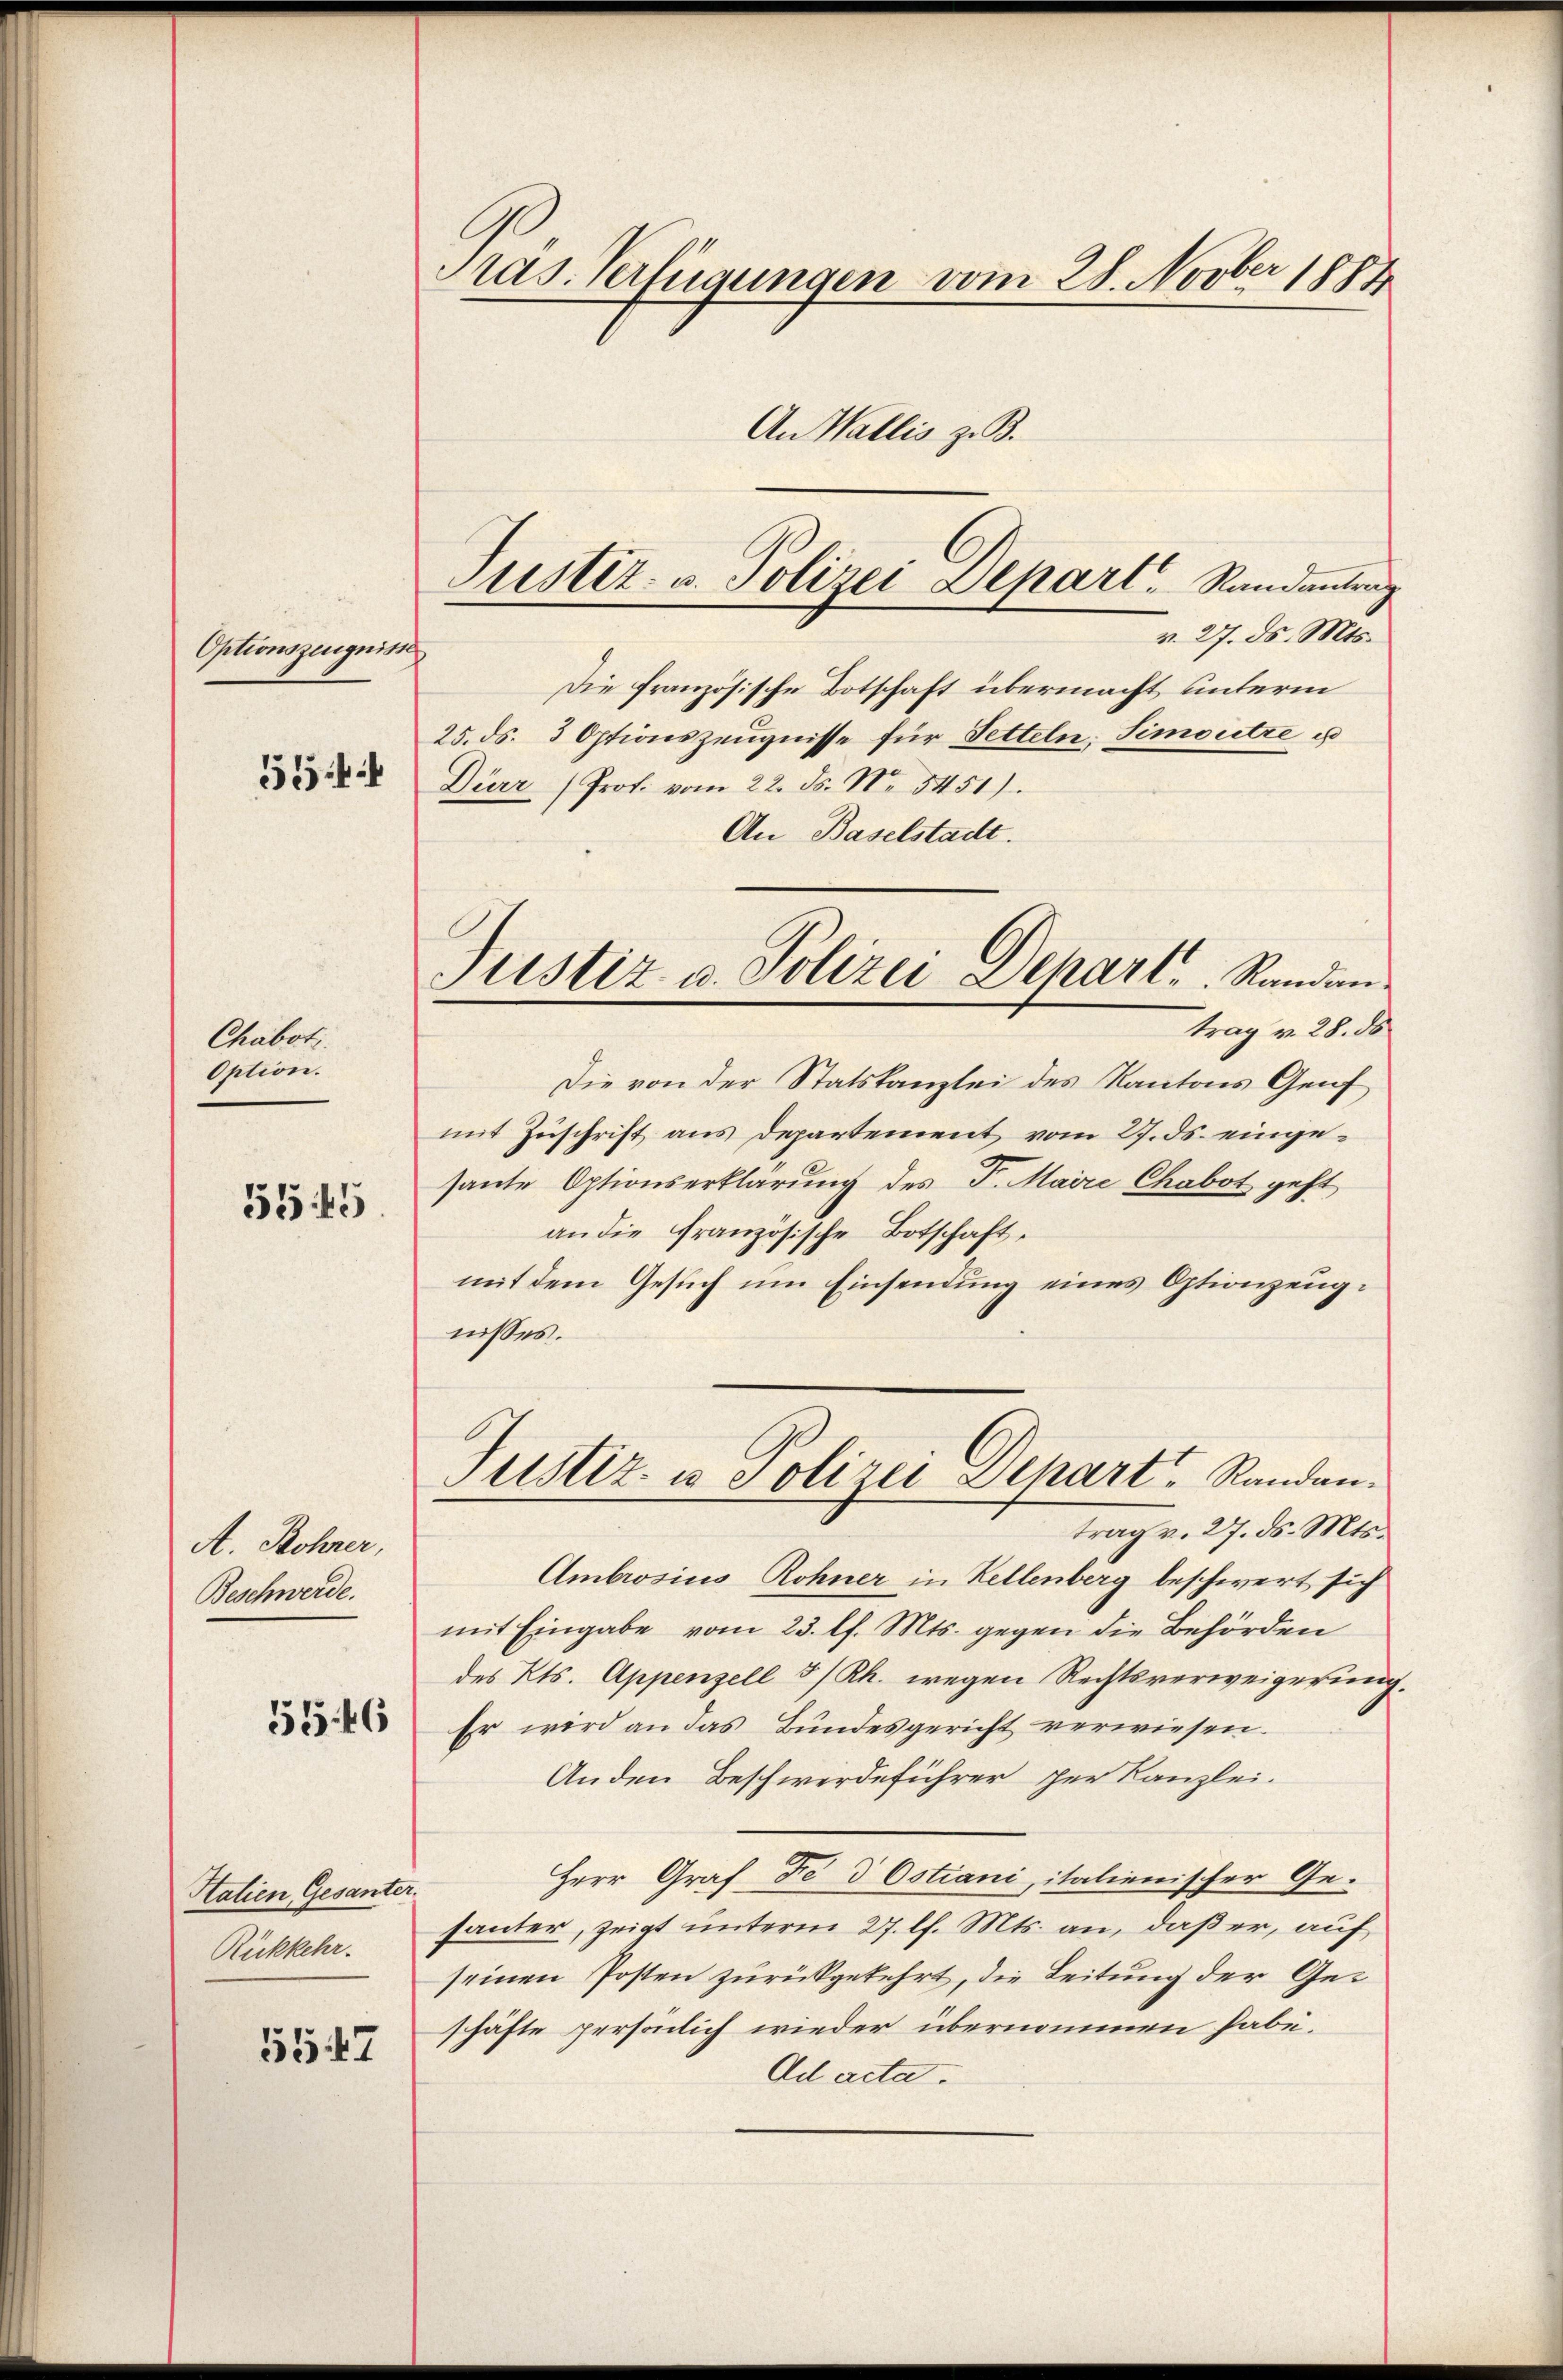
Optionszeugniss

Chabot.
Option.

554

5545

A. Rohrer,
Beschwerde.

5546

Htalien Gesanter.
Rückkehr.

55. 47

Pras. Verfügungen vom 28. Novber 1884
An Wallis z. B.

Justiz- u. Polizei Depart.   Randantrag

v. 27. ds. Mts.
c
Die französische Botschaft übermacht unterm
25. ds. 3 Optionszeŭgnisse für Setteln. Simoutre u
Dürr (Prof. vom 22. ds. No 3451).
An Baselstadt.
trag v. 28. ds
Die von der Statskanzlei des Kantons Genf
mit Zuschrift aus Departement vom 27. ds. eingesante Optionserklärung des P. Maire Chabot geht
an die Französische Botschaft,
mit dem Gesuch um Einsendung eines Optionzeugnisses.
Justiz u. Polizei Depart Randen.
trag v. 27. ds. Mts.
Ambrosius Rohner in Kellenberg beschwert sich
mit Eingabe vom 23. l. Mts. gegen die Behörden
des Kts. Appenzell I/Rh. wegen Rechtsverweigerung.
Er wird an das Bundesgericht verwiesen.
Anden Beschwerdeführer per Kanzlei.
Herr Graf Fe d Ostiani, italienischer Gesanter, zeigt unterm 27. l. Mts. an, daß er, auf
seinen Posten zurückgekehrt, die Leitung der Geschäfte persönlich wieder übernommen habe.
Ad acta.

Justiz u. Polizei Dehart, Randen